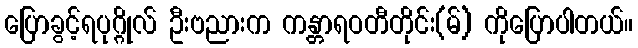
ပြောခွင့်ရပုဂ္ဂိုလ် ဦးဗညားက ကန္တာရဝတီတိုင်း(မ်) ကိုပြောပါတယ်။